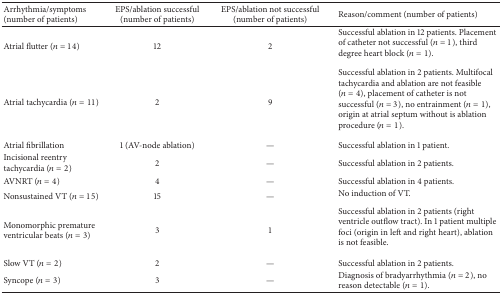
| Arrhythmia/symptoms (number of patients) | EPS/ablation successful (number of patients) | EPS/ablation not successful (number of patients) | Reason/comment (number of patients) |
 | --- | --- | --- | --- |
 | Atrial flutter (n = 14) | 12 | 2 | Successful ablation in 12 patients. Placement of catheter not successful (n = 1), third degree heart block (n = 1). |
 | Atrial tachycardia (n = 11) | 2 | 9 | Successful ablation in 2 patients. Multifocal tachycardia and ablation are not feasible (n = 4), placement of catheter is not successful (n = 3), no entrainment (n = 1), origin at atrial septum without is ablation procedure (n = 1). |
 | Atrial fibrillation | 1 (AV-node ablation) | — | Successful ablation in 1 patient. |
 | Incisional reentry tachycardia (n = 2) | 2 | — | Successful ablation in 2 patients. |
 | AVNRT (n = 4) | 4 | — | Successful ablation in 4 patients. |
 | Nonsustained VT (n = 15) | 15 | — | No induction of VT. |
 | Monomorphic premature ventricular beats (n = 3) | 3 | 1 | Successful ablation in 2 patients (right ventricle outflow tract). In 1 patient multiple foci (origin in left and right heart), ablation is not feasible. |
 | Slow VT (n = 2) | 2 | — | Successful ablation in 2 patients. |
 | Syncope (n = 3) | 3 | — | Diagnosis of bradyarrhythmia (n = 2), no reason detectable (n = 1). |